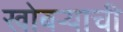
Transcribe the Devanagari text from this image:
खोबऱ्याची